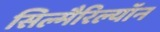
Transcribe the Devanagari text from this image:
सिल्मैरिल्यॉन